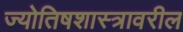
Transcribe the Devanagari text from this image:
ज्योतिषशास्त्रावरील